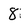
Character: 8